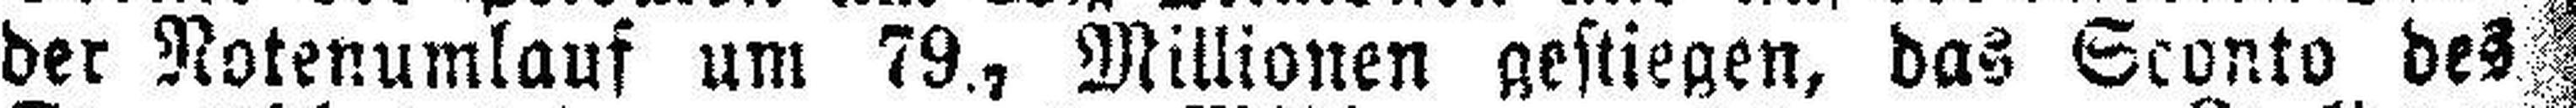
der Notenumlauf um 79., Millionen gestiegen, das Sconto des